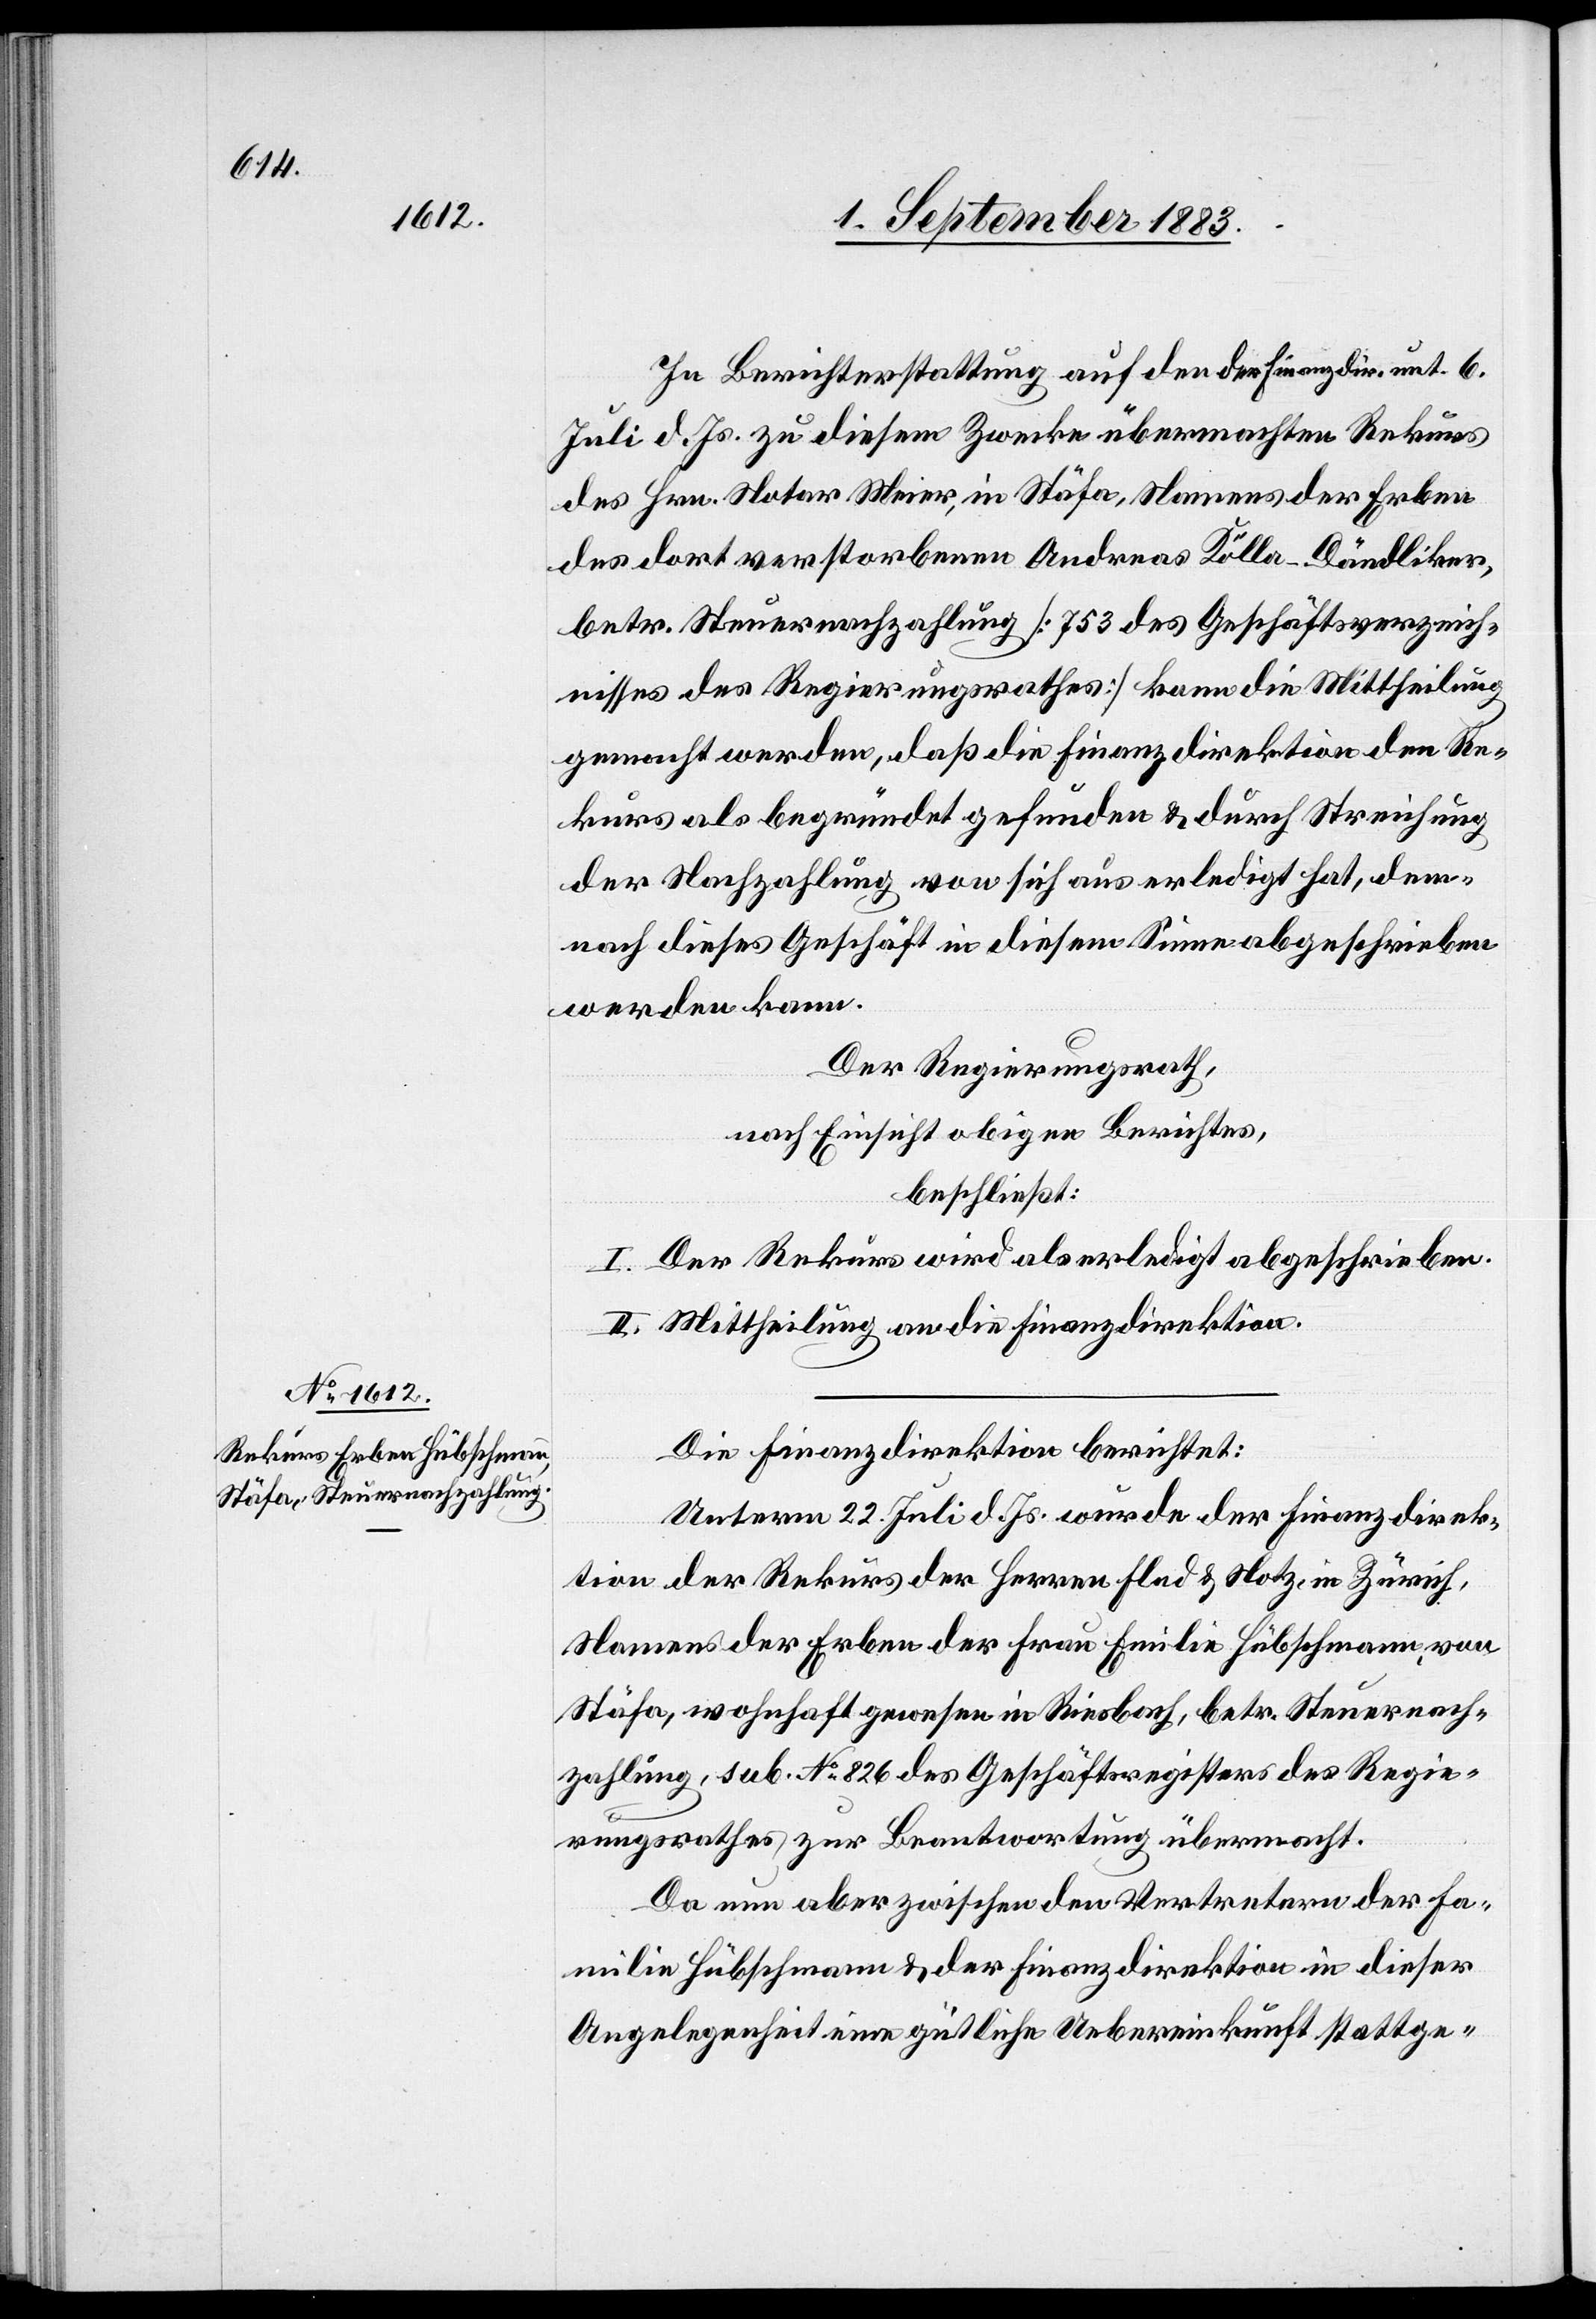
In Berichterstattung auf den der Finanzdir. unt. 6.
Juli d. Js. zu diesem Zwecke übermachten Rekurs
des Hrn. Notar Meier, in Stäfa, Namens der Erben
des dort verstorbenen Andreas Kölla-Dändliker,
betr. Steuernachzahlung [753 des Geschäftsverzeich¬
nisses des Regierungsrathes] kann die Mittheilung
gemacht werden, daß die Finanzdirektion den Re¬
kurs als begründet gefunden & durch Streichung
der Nachzahlung von sich aus erledigt hat, dem¬
nach dieses Geschäft in diesem Sinne abgeschrieben
werden kann.
Der Regierungsrath,
nach Einsicht dieses Berichtes,
beschließt:
I. Der Rekurs wird als erledigt abgeschrieben.
II. Mittheilung an die Finanzdirektion.
Die Finanzdirektion berichtet:
Unterm 22. Juli d. Js. wurde der Finanzdirek¬
tion der Rekurs der Herren Flad & Notz, in Zürich,
Namens der Erben der Frau Emilie Hübschmann, von
Stäfa, wohnhaft gewesen in Riesbach, betr. Steuernach¬
zahlung, sub. No 826 des Geschäftsregisters des Regie¬
rungsrathes zur Beantwortung übermacht.
Da nun aber zwischen den Vertretern der Fa¬
milie Hübschmann & der Finanzdirektion in dieser
Angelegenheit eine gütliche Uebereinkunft stattge-